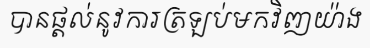
បានផ្តល់នូវការត្រឡប់មកវិញយ៉ាង